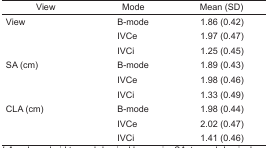
| View | Mode | Mean (SD) |
 | --- | --- | --- |
 | View | B-mode | 1.86 (0.42) |
 |  | IVCe | 1.97 (0.47) |
 |  | IVCi | 1.25 (0.45) |
 | SA (cm) | B-mode | 1.89 (0.43) |
 |  | IVCe | 1.98 (0.46) |
 |  | IVCi | 1.33 (0.49) |
 | CLA (cm) | B-mode | 1.98 (0.44) |
 |  | IVCe | 2.02 (0.47) |
 |  | IVCi | 1.41 (0.46) |